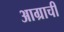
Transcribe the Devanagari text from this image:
आग्राची